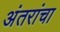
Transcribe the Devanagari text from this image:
अंतरांचा